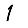
Digit: 1